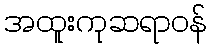
အထူးကုဆရာဝန်